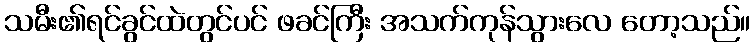
သမီး၏ရင်ခွင်ထဲတွင်ပင် ဖခင်ကြီး အသက်ကုန်သွားလေ တော့သည်။